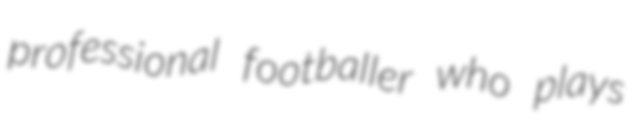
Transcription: professional footballer who plays